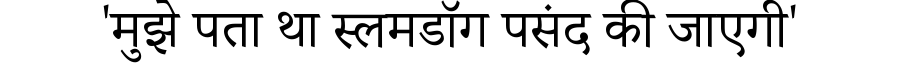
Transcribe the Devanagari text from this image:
'मुझे पता था स्लमडॉग पसंद की जाएगी'